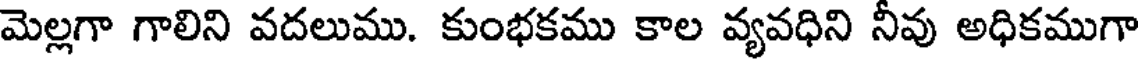
మెల్లగా గాలిని వదలుము. కుంభకము కాల వ్యవధిని నీవు అధికముగా